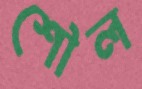
শৌল